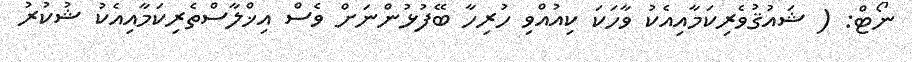
ނޯޓް: ( ޝައުޤުވެރިކަމާއިއެކު ވާހަކަ ކިއުއްވި ހުރިހާ ބޭފުޅުންނަށް ވެސް އިޚްލާސްތެރިކަމާއިއެކު ޝުކުރު